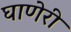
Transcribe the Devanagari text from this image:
घाणेरी